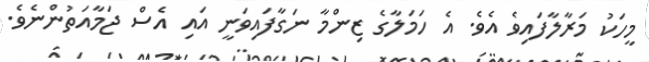
މީހަކު މަރާލާފައިވެ އެވެ. އެ ހަމަލާގެ ޒިންމާ ނަގާފައިވަނީ އައި އެސް ޖަމާއަތުންނެވެ.